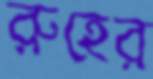
রুহের